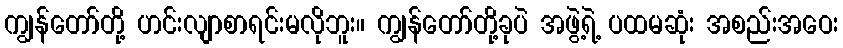
ကျွန်တော်တို့ ဟင်းလျာစာရင်းမလိုဘူး။ ကျွန်တော်တို့ခုပဲ အဖွဲ့ရဲ့ ပထမဆုံး အစည်းအဝေး